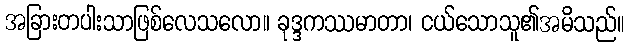
အခြားတပါးသာဖြစ်လေသလော။ ခုဒ္ဒကဿမာတာ၊ ငယ်သောသူ၏အမိသည်။